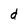
Character: d